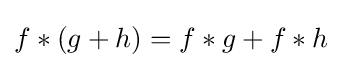
f*(g+h)=f*g+f*h